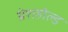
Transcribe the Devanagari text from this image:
थ्रेशहोल्ड